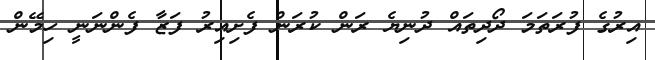
އިރުގެ ފުރަތަމަ ދޯދިތައް ދުނިޔެ ރަން ކުރަން ފެށިއިރު ފަޒާ ފެންނަނީ ހިމޭން